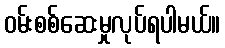
ဝမ်းစစ်ဆေးမှုလုပ်ရပါမယ်။